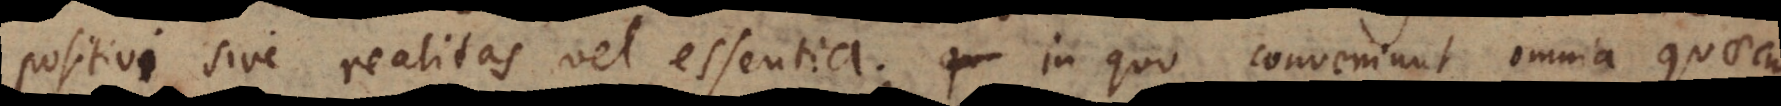
positivi sive realitas vel essentia; in quo conveniunt omnia quaecunque